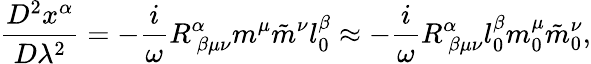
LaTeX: \frac{D^{2}x^{\alpha}}{D\lambda^{2}}=-\frac{i}{\omega}R_{~\beta\mu\nu}^{\alpha}m^{\mu}\tilde{m}^{\nu}l_{0}^{\beta}\approx-\frac{i}{\omega}R_{~\beta\mu\nu}^{\alpha}l_{0}^{\beta}m_{0}^{\mu}\tilde{m}_{0}^{\nu},